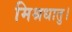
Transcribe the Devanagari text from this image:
मिश्रधातु।